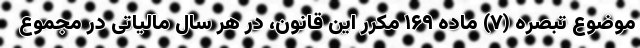
موضوع تبصره (۷) ماده ۱۶۹ مکرر این قانون، در هر سال مالیاتی در مجموع